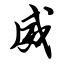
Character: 威